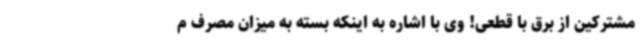
مشترکین از برق با قطعی! وی با اشاره به اینکه بسته به میزان مصرف م